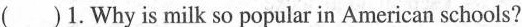
()1.why is milk so popular in Americassn schools?